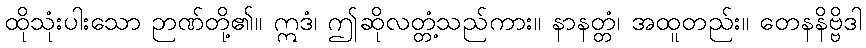
ထိုသုံးပါးသော ဉာဏ်တို့၏။ ဣဒံ၊ ဤဆိုလတ္တံ့သည်ကား။ နာနတ္တံ၊ အထူတည်း။ တေနနိဗ္ဗိဒါ